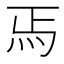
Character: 𬉻